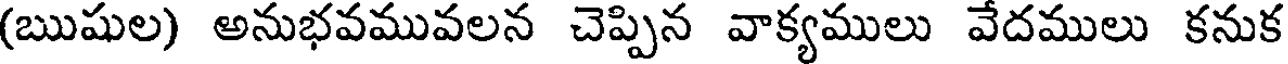
(ఋషుల) అనుభవమువలన చెప్పిన వాక్యములు వేదములు కనుక